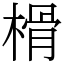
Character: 榾